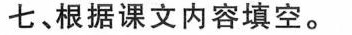
七、根据课文内容填空。